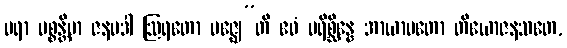
ပရာ ပစ္စန္တိမာ ဇနပဒါ ဩရတော မဇ္ဈေ”တိ ဧဝံ ပရိစ္ဆိန္နေ အာယာမတော တိယောဇနသတေ,